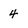
Character: 4